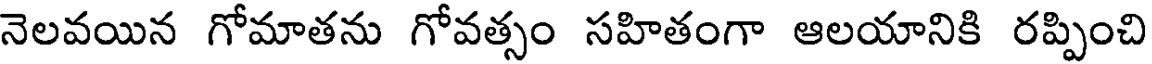
నెలవయిన గోమాతను గోవత్సం సహితంగా ఆలయానికి రప్పించి